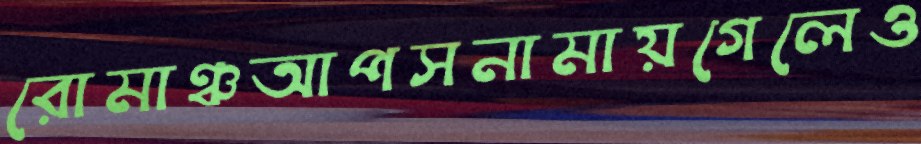
রোমাঞ্চআপসনামায়গেলেও